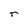
Character: r